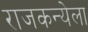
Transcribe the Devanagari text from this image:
राजकन्येला